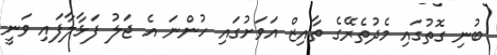
ބުނި ގޮތުގައި މެދުތެރޭގެ ތާއިޒް އަވަށުގައި ހުންނަ އެ ޖަލު ފަޅާލާފައި ވަނީ